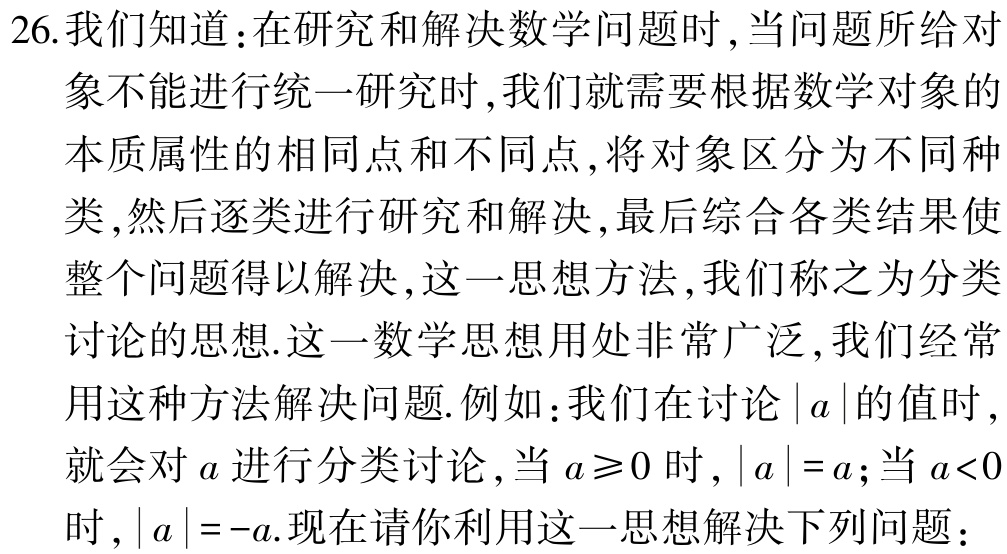
26.我们知道：在研究和解决数学问题时,当问题所给对
象不能进行统一研究时,我们就需要根据数学对象的
本质属性的相同点和不同点,将对象区分为不同种
类,然后逐类进行研究和解决,最后综合各类结果使
整个问题得以解决,这一思想方法,我们称之为分类
讨论的思想.这一数学思想用处非常广泛,我们经常
用这种方法解决问题.例如：我们在讨论\(\vert a\vert\)的值时,
就会对\(a\)进行分类讨论,当\(a\geq0\)时,\(\vert a\vert = a\);当\(a<0\)
时,\(\vert a\vert = -a\).现在请你利用这一思想解决下列问题：